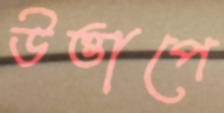
উত্তাপে